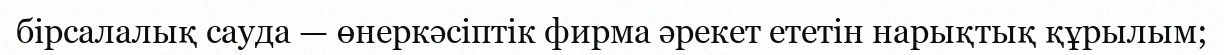
бірсалалық сауда — өнеркәсіптік фирма әрекет ететін нарықтық құрылым;